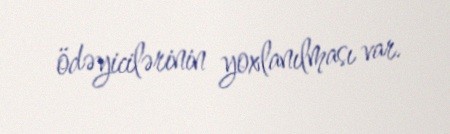
ödəyicilərinin yoxlanılması var.